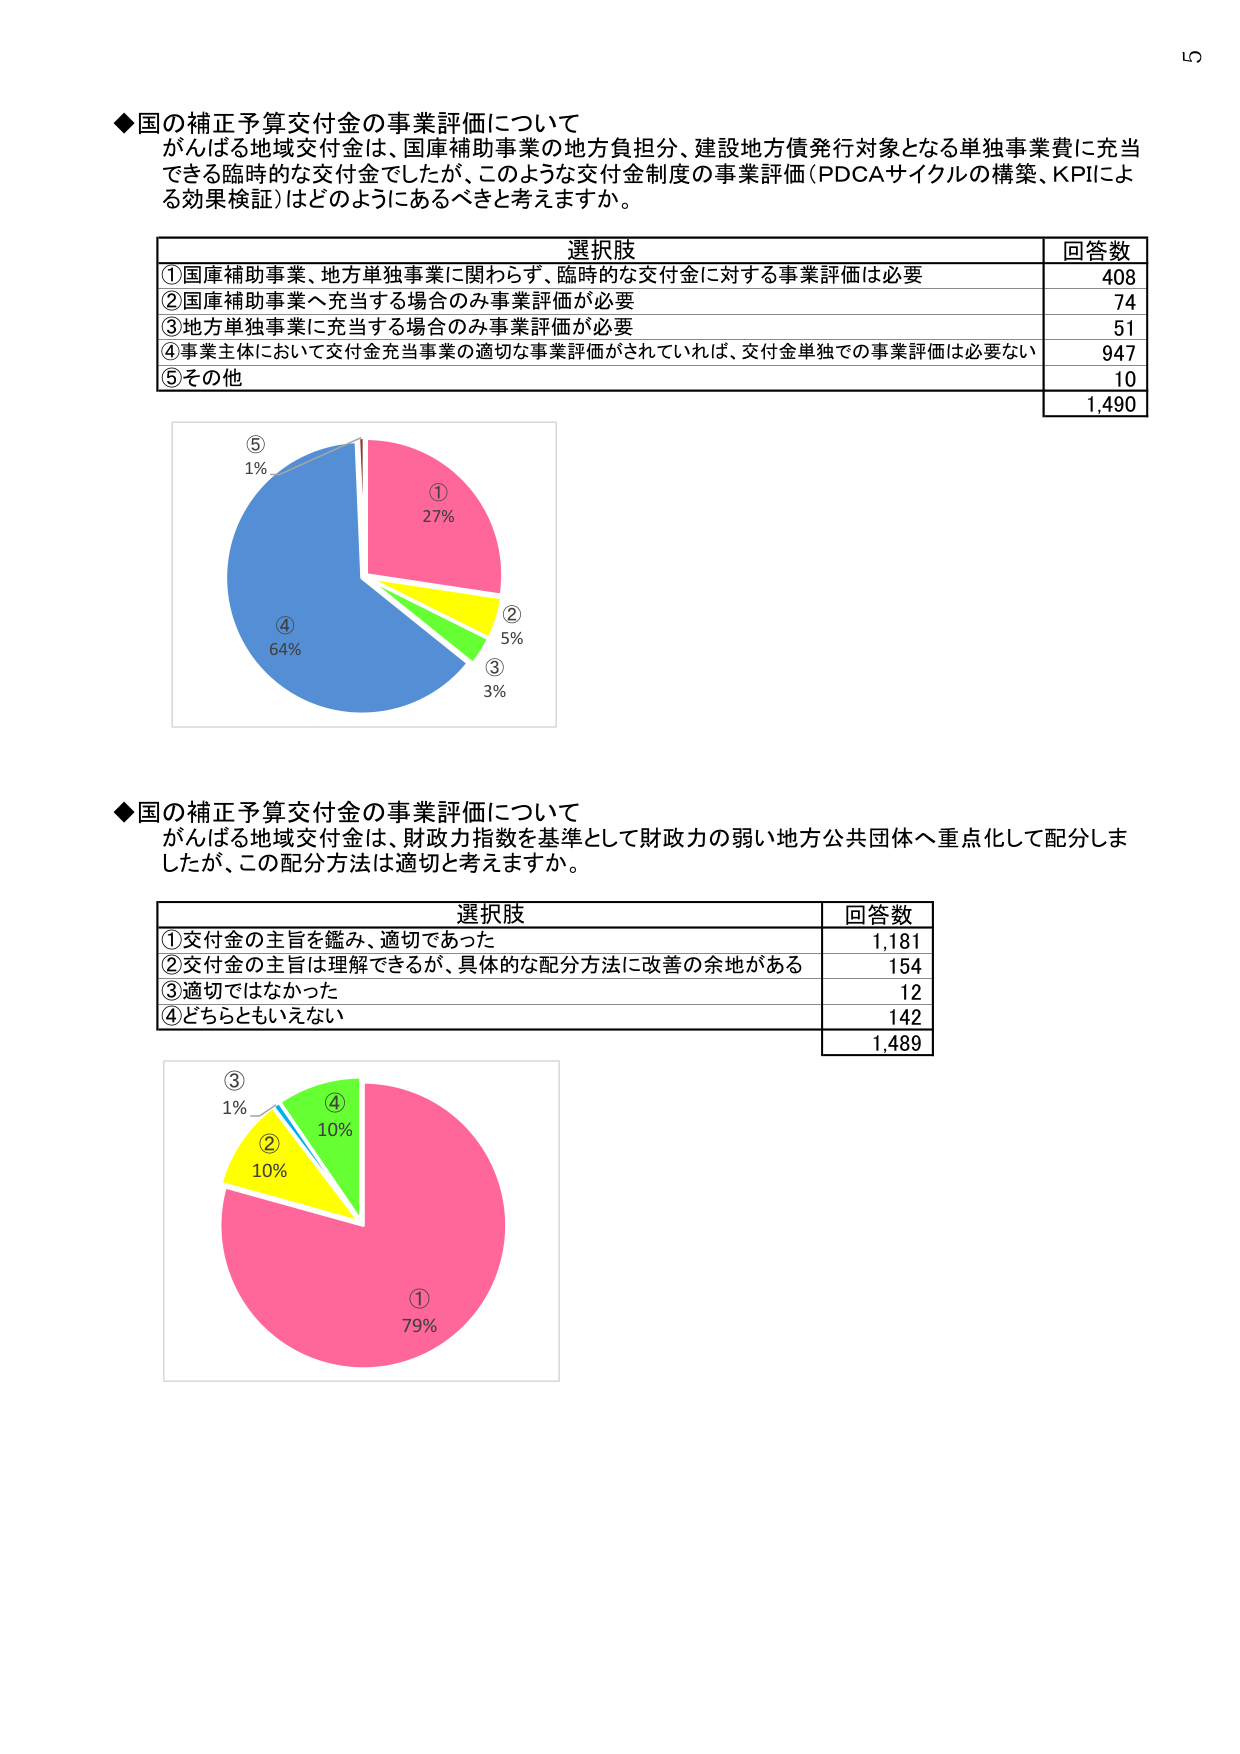
◆国の補正予算交付金の事業評価について
がんばる地域交付金は、国庫補助事業の地方負担分、建設地方債発行対象となる単独事業費に充当できる臨時的な交付金でしたが、このような交付金制度の事業評価（PDCAサイクルの構築、KPIによる効果検証）はどのようにあるべきと考えますか。

選択肢 回答数
①国庫補助事業、地方単独事業に関わらず、臨時的な交付金に対する事業評価は必要 408
②国庫補助事業へ充当する場合のみ事業評価が必要 74
③地方単独事業に充当する場合のみ事業評価が必要 51
④事業主体において交付金充当事業の適切な事業評価がされていれば、交付金単独での事業評価は必要ない 947
⑤その他 10